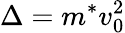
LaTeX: \Delta=m^{*}v_{0}^{2}